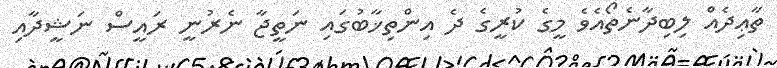
ތާޢިދެއް ލިބިދާނެތޯއެވެ މީގެ ކުރީގެ ދެ އިންތިޚާބުގައި ނަތީޖާ ނެރުނީ ރައީސް ނަޝީދާއި